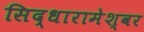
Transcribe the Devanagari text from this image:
सिद्धारामेश्वर